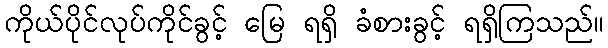
ကိုယ်ပိုင်လုပ်ကိုင်ခွင့် မြေ ရရှိ ခံစားခွင့် ရရှိကြသည်။